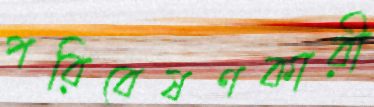
পরিবেষণকারী